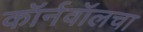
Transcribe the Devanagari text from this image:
कॉर्नवॉलचा